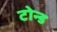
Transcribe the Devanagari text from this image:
टोन्ड